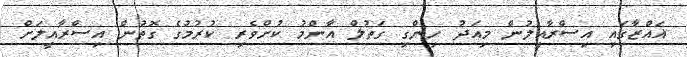
ޣައްޒާގައި އިސްރާއީލުން މިއަދު ހިންގި ގަތުލް އާންމު ކުށްވެރި ކުރުމުގެ ގޮތުން އިސްރާއީލަށް